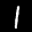
Label: 1